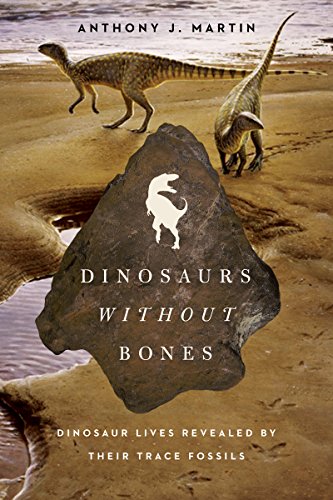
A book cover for Dinosaurs Without Bones: Dinosaur Lives Revealed by their Trace Fossils; Anthony J. Martin; Science & Math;